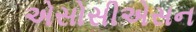
એસોસીએસન